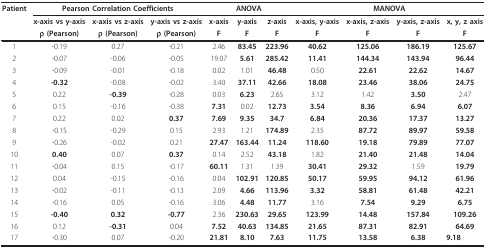
<table><thead><tr><td><b>Patient</b></td><td colspan="3"><b>Pearson Correlation Coefficients</b></td><td colspan="3"><b>ANOVA</b></td><td colspan="4"><b>MANOVA</b></td></tr><tr><td></td><td><b>x-axis vs y-axis</b></td><td><b>x-axis vs z-axis</b></td><td><b>y-axis vs z-axis</b></td><td><b>x-axis</b></td><td><b>y-axis</b></td><td><b>z-axis</b></td><td><b>x-axis, y-axis</b></td><td><b>x-axis, z-axis</b></td><td><b>y-axis, z-axis</b></td><td><b>x, y, z axis</b></td></tr><tr><td></td><td><b>ρ (Pearson)</b></td><td><b>ρ (Pearson)</b></td><td><b>ρ (Pearson)</b></td><td><b>F</b></td><td><b>F</b></td><td><b>F</b></td><td><b>F</b></td><td><b>F</b></td><td><b>F</b></td><td><b>F</b></td></tr></thead><tbody><tr><td>1</td><td>-0.19</td><td>0.27</td><td>-0.21</td><td>2.46</td><td><b>83.45</b></td><td><b>223.96</b></td><td><b>40.62</b></td><td><b>125.06</b></td><td><b>186.19</b></td><td><b>125.67</b></td></tr><tr><td>2</td><td>-0.07</td><td>-0.06</td><td>-0.05</td><td>19.07</td><td><b>5.61</b></td><td><b>285.42</b></td><td><b>11.41</b></td><td><b>144.34</b></td><td><b>143.94</b></td><td><b>96.44</b></td></tr><tr><td>3</td><td>-0.09</td><td>-0.01</td><td>-0.18</td><td>0.02</td><td>1.01</td><td><b>46.48</b></td><td>0.50</td><td><b>22.61</b></td><td><b>22.62</b></td><td><b>14.67</b></td></tr><tr><td>4</td><td><b>-0.32</b></td><td>-0.08</td><td>-0.02</td><td>3.40</td><td><b>37.11</b></td><td><b>42.66</b></td><td><b>18.08</b></td><td><b>23.46</b></td><td><b>38.06</b></td><td><b>24.75</b></td></tr><tr><td>5</td><td>0.22</td><td><b>-0.39</b></td><td>-0.28</td><td>0.03</td><td><b>6.23</b></td><td>2.65</td><td>3.12</td><td>1.42</td><td><b>3.50</b></td><td>2.47</td></tr><tr><td>6</td><td>0.15</td><td>-0.16</td><td>-0.38</td><td><b>7.31</b></td><td>0.02</td><td><b>12.73</b></td><td><b>3.54</b></td><td><b>8.36</b></td><td><b>6.94</b></td><td><b>6.07</b></td></tr><tr><td>7</td><td>0.22</td><td>0.02</td><td><b>0.37</b></td><td><b>7.69</b></td><td><b>9.35</b></td><td><b>34.7</b></td><td><b>6.84</b></td><td><b>20.36</b></td><td><b>17.37</b></td><td><b>13.27</b></td></tr><tr><td>8</td><td>-0.15</td><td>-0.29</td><td>0.15</td><td>2.93</td><td>1.21</td><td><b>174.89</b></td><td>2.35</td><td><b>87.72</b></td><td><b>89.97</b></td><td><b>59.58</b></td></tr><tr><td>9</td><td>-0.26</td><td>-0.02</td><td>0.21</td><td><b>27.47</b></td><td><b>163.44</b></td><td><b>11.24</b></td><td><b>118.60</b></td><td><b>19.18</b></td><td><b>79.89</b></td><td><b>77.07</b></td></tr><tr><td>10</td><td><b>0.40</b></td><td>0.07</td><td><b>0.37</b></td><td>0.14</td><td>2.52</td><td><b>43.18</b></td><td>1.82</td><td><b>21.40</b></td><td><b>21.48</b></td><td><b>14.04</b></td></tr><tr><td>11</td><td>-0.04</td><td>0.15</td><td>-0.17</td><td><b>60.11</b></td><td>1.31</td><td>1.39</td><td><b>30.41</b></td><td><b>29.32</b></td><td>1.59</td><td><b>19.79</b></td></tr><tr><td>12</td><td>0.04</td><td>-0.15</td><td>-0.16</td><td>0.04</td><td><b>102.91</b></td><td><b>120.85</b></td><td><b>50.17</b></td><td><b>59.95</b></td><td><b>94.12</b></td><td><b>61.96</b></td></tr><tr><td>13</td><td>-0.02</td><td>-0.11</td><td>-0.13</td><td>2.09</td><td><b>4.66</b></td><td><b>113.96</b></td><td><b>3.32</b></td><td><b>58.81</b></td><td><b>61.48</b></td><td><b>42.21</b></td></tr><tr><td>14</td><td>-0.16</td><td>0.05</td><td>-0.16</td><td>3.06</td><td><b>4.48</b></td><td><b>11.77</b></td><td>3.16</td><td><b>7.54</b></td><td><b>9.29</b></td><td><b>6.75</b></td></tr><tr><td>15</td><td><b>-0.40</b></td><td><b>0.32</b></td><td><b>-0.77</b></td><td>2.36</td><td><b>230.63</b></td><td><b>29.65</b></td><td><b>123.99</b></td><td><b>14.48</b></td><td><b>157.84</b></td><td><b>109.26</b></td></tr><tr><td>16</td><td>0.12</td><td><b>-0.31</b></td><td>0.04</td><td><b>7.52</b></td><td><b>40.63</b></td><td><b>134.85</b></td><td><b>21.65</b></td><td><b>87.31</b></td><td><b>82.91</b></td><td><b>64.69</b></td></tr><tr><td>17</td><td>-0.30</td><td>0.07</td><td>-0.20</td><td><b>21.81</b></td><td><b>8.10</b></td><td><b>7.63</b></td><td><b>11.75</b></td><td><b>13.58</b></td><td><b>6.38</b></td><td><b>9.18</b></td></tr></tbody></table>